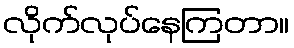
လိုက်လုပ်နေကြတာ။